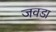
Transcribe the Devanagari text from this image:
जवडा